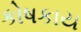
કોષકાય